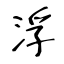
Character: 浮